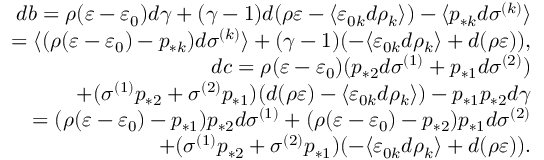
\begin{array} { r } { d b = \rho ( \varepsilon - \varepsilon _ { 0 } ) d \gamma + ( \gamma - 1 ) d ( \rho \varepsilon - \langle \varepsilon _ { 0 k } d \rho _ { k } \rangle ) - \langle p _ { * k } d \sigma ^ { ( k ) } \rangle } \\ { = \langle ( \rho ( \varepsilon - \varepsilon _ { 0 } ) - p _ { * k } ) d \sigma ^ { ( k ) } \rangle + ( \gamma - 1 ) ( - \langle \varepsilon _ { 0 k } d \rho _ { k } \rangle + d ( \rho \varepsilon ) ) , } \\ { d c = \rho ( \varepsilon - \varepsilon _ { 0 } ) ( p _ { * 2 } d \sigma ^ { ( 1 ) } + p _ { * 1 } d \sigma ^ { ( 2 ) } ) } \\ { + ( \sigma ^ { ( 1 ) } p _ { * 2 } + \sigma ^ { ( 2 ) } p _ { * 1 } ) ( d ( \rho \varepsilon ) - \langle \varepsilon _ { 0 k } d \rho _ { k } \rangle ) - p _ { * 1 } p _ { * 2 } d \gamma } \\ { = ( \rho ( \varepsilon - \varepsilon _ { 0 } ) - p _ { * 1 } ) p _ { * 2 } d \sigma ^ { ( 1 ) } + ( \rho ( \varepsilon - \varepsilon _ { 0 } ) - p _ { * 2 } ) p _ { * 1 } d \sigma ^ { ( 2 ) } } \\ { + ( \sigma ^ { ( 1 ) } p _ { * 2 } + \sigma ^ { ( 2 ) } p _ { * 1 } ) ( - \langle \varepsilon _ { 0 k } d \rho _ { k } \rangle + d ( \rho \varepsilon ) ) . } \end{array}